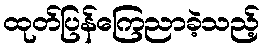
ထုတ်ပြန်ကြေညာခဲ့သည့်